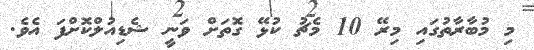
މި މުބާރާތުގައި މިރޭ 10 މެޗު ކުޅޭ ގޮތަށް ވަނީ ޝެޑިއުލްކޮށްފަ އެވެ.